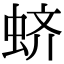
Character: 蛴